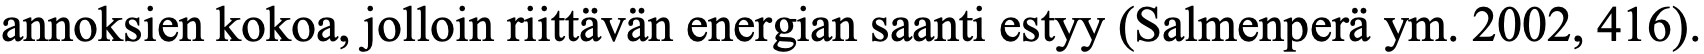
annoksien kokoa, jolloin riittävän energian saanti estyy (Salmenperä ym. 2002, 416).